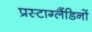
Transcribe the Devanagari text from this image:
प्रस्टाग्लैंडिनों